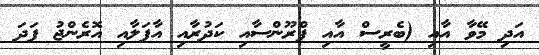
އަދި މޭވާ އާއި (ބެރީސް އާއި ޕްރޫންސާއި ކަދުރާއި އާފަލާއި އޮރެންޖު ފަދަ